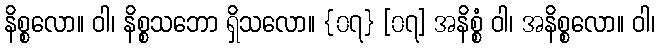
နိစ္စလော။ ဝါ၊ နိစ္စသဘော ရှိသလော။ {၀၇} [၀၇] အနိစ္စံ ဝါ၊ အနိစ္စလော။ ဝါ၊